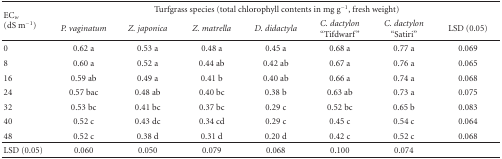
| <ROWSPAN=2> ECw(dS m−1) | <COLSPAN=7> Turfgrass species (total chlorophyll contents in mg g−1, fresh weight) |
 | P. vaginatum | Z. japonica | Z. matrella | D. didactyla | C. dactylon “Tifdwarf” | C. dactylon “Satiri” | LSD (0.05) |
 | --- | --- | --- | --- | --- | --- | --- | --- |
 | 0 | 0.62 a | 0.53 a | 0.48 a | 0.45 a | 0.68 a | 0.77 a | 0.069 |
 | 8 | 0.60 a | 0.52 a | 0.44 ab | 0.42 ab | 0.67 a | 0.76 a | 0.065 |
 | 16 | 0.59 ab | 0.49 a | 0.41 b | 0.40 ab | 0.66 a | 0.74 a | 0.068 |
 | 24 | 0.57 bac | 0.48 ab | 0.40 bc | 0.38 b | 0.63 ab | 0.73 a | 0.075 |
 | 32 | 0.53 bc | 0.41 bc | 0.37 bc | 0.29 c | 0.52 bc | 0.65 b | 0.083 |
 | 40 | 0.52 c | 0.43 dc | 0.34 cd | 0.29 c | 0.45 c | 0.54 c | 0.064 |
 | 48 | 0.52 c | 0.38 d | 0.31 d | 0.20 d | 0.42 c | 0.52 c | 0.068 |
 | LSD (0.05) | 0.060 | 0.050 | 0.079 | 0.068 | 0.100 | 0.074 |  |